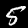
Digit: 5